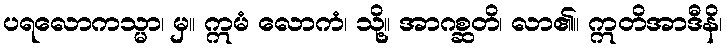
ပရလောကသ္မာ၊ မှ။ ဣမံ လောကံ၊ သို့။ အာဂစ္ဆတိ၊ လာ၏။ ဣတိအာဒီနိ၊